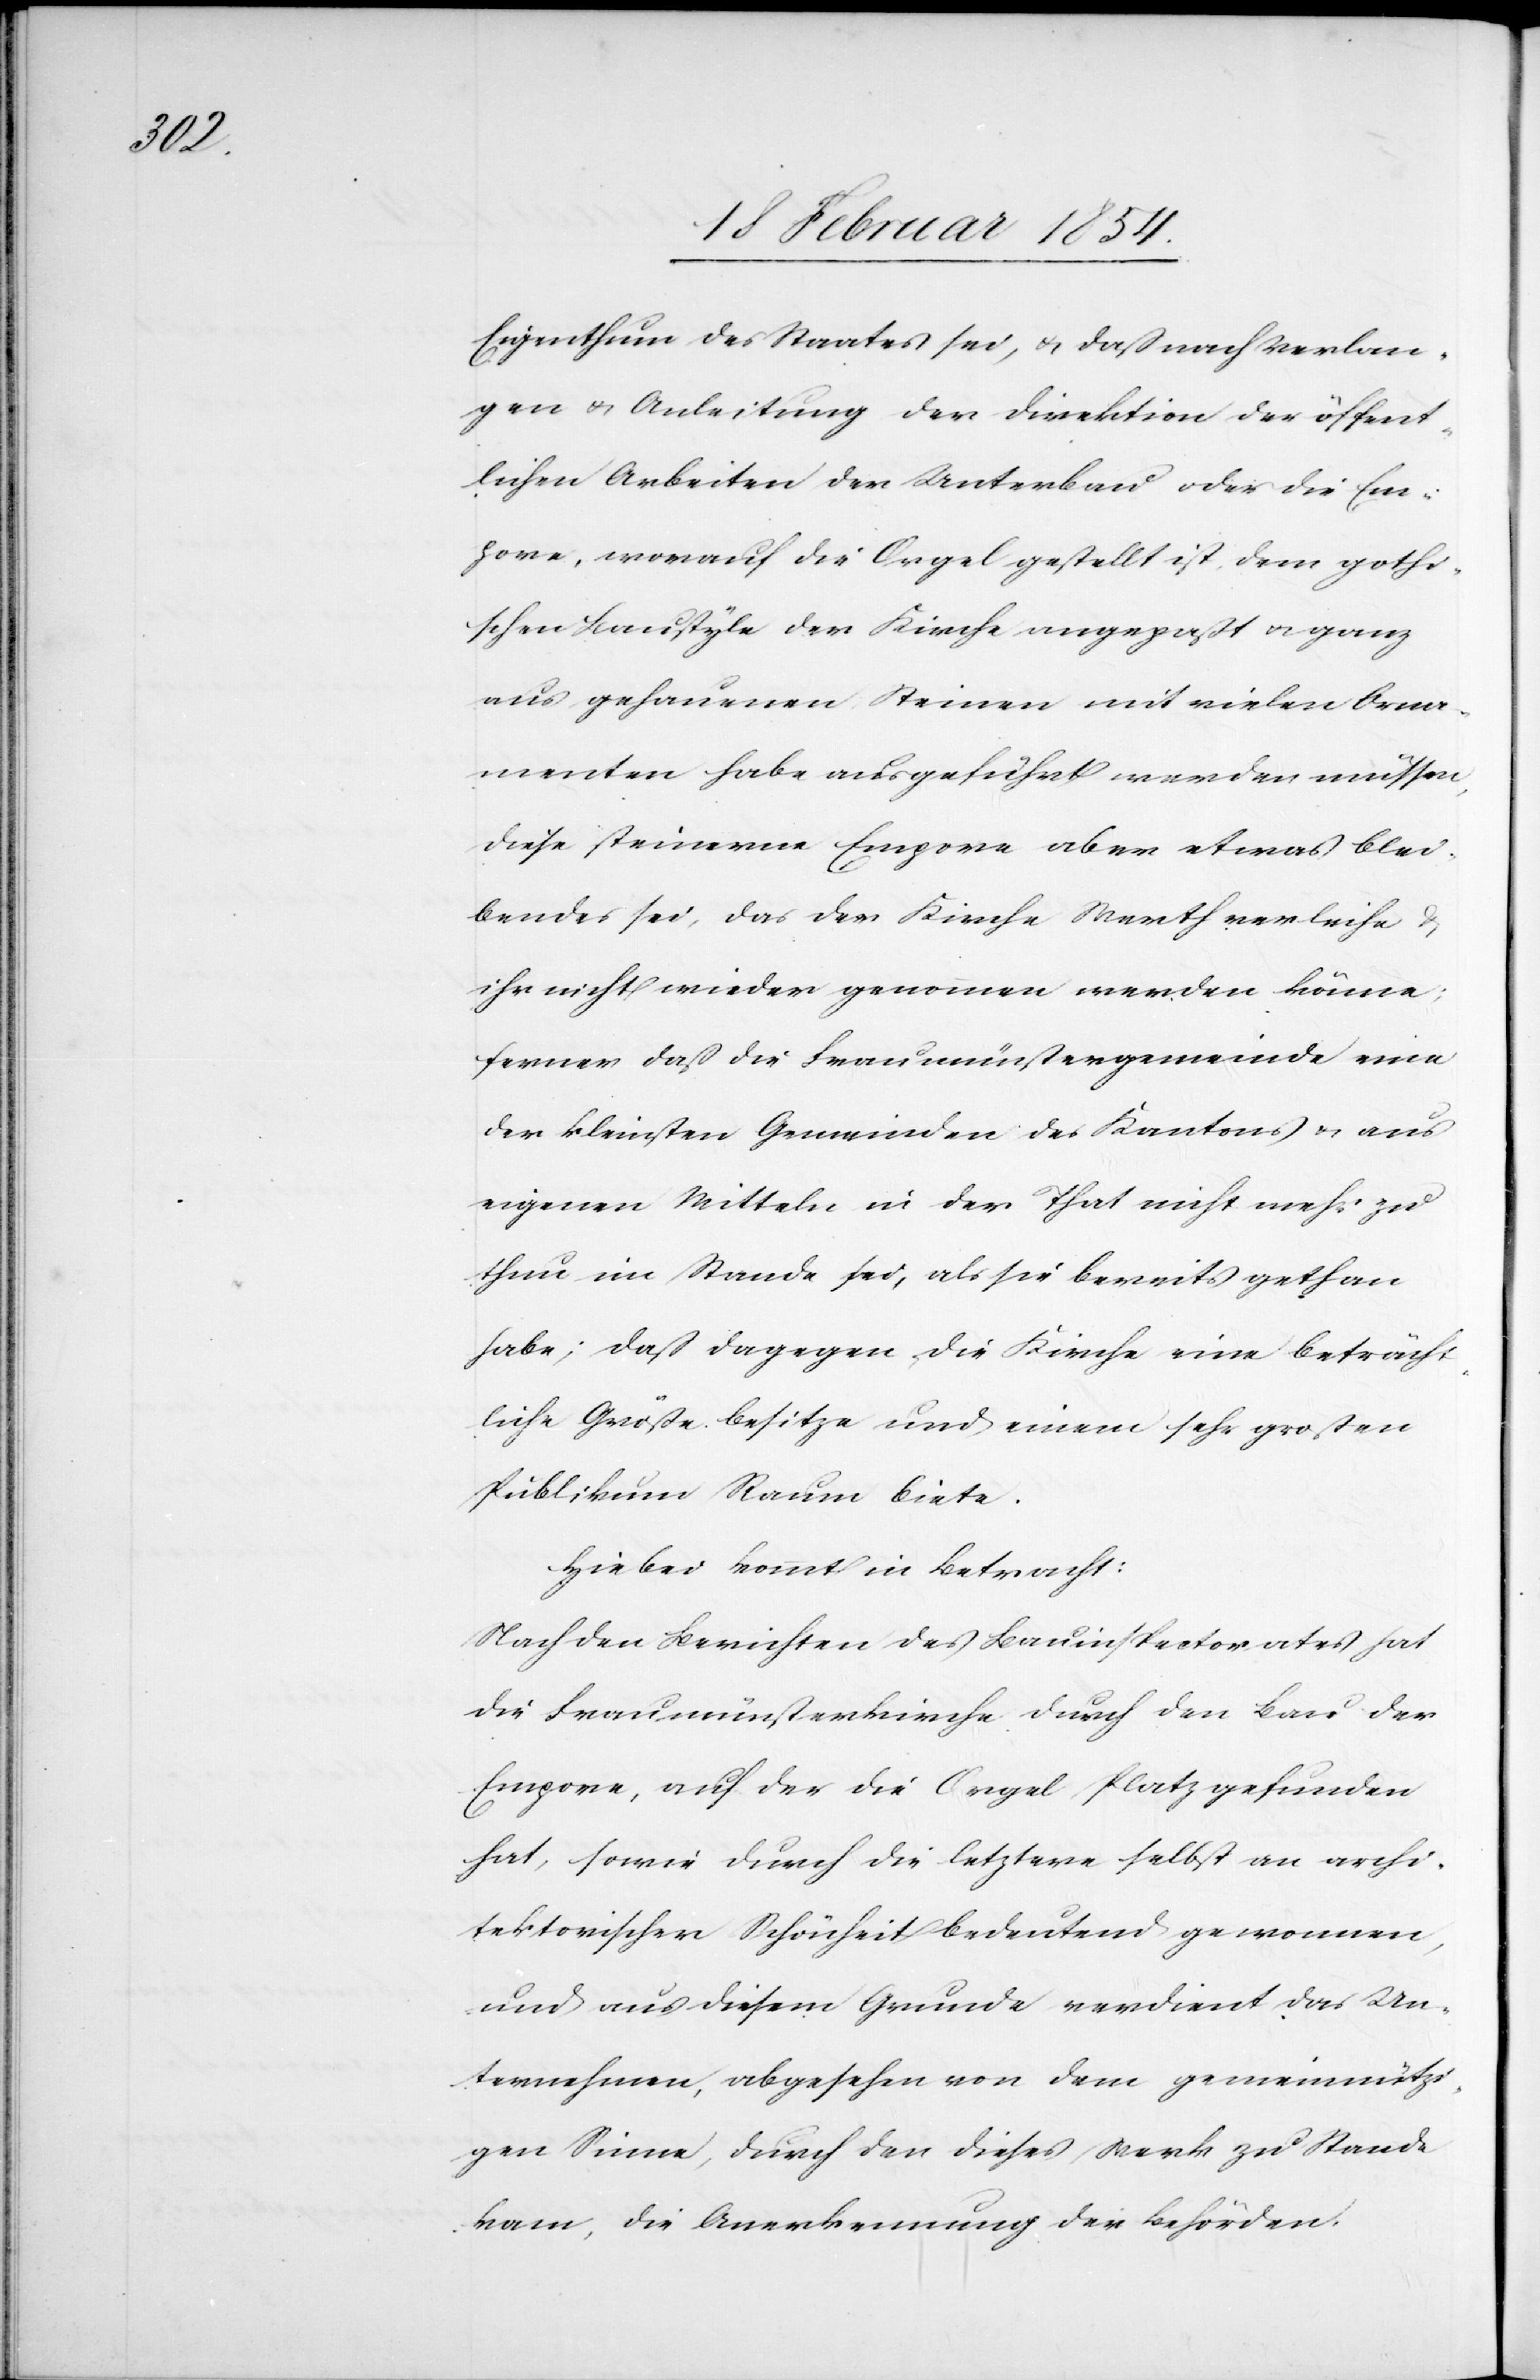
Eigenthum des Staates sei, u. daß nach Verlan¬
gen u. Anleitung der Direktion der öffent¬
lichen Arbeiten der Unterbau oder die Em¬
pore, worauf die Orgel gestellt ist, dem gothi¬
schen Baustyle der Kirche angepaßt u. ganz
aus gehauenen Steinen mit vielen Orna¬
menten habe ausgeführt werden müssen,
diese steinerne Empore aber etwas blei¬
bendes sei, das der Kirche Werth verleihe u.
ihr nicht wieder genommen werden könne;
ferner daß die Fraumünstergemeinde eine
der kleinsten Gemeinden des Kantons u. aus
eigenen Mitteln in der That nicht mehr zu
thun im Stande sei, als sie bereits gethan
habe; daß dagegen die Kirche eine beträcht¬
liche Größe besitze und einem sehr großen
Publikum Raum biete.
Hiebei kommt in Betracht:
Nach den Berichten des Bauinspectorates hat
die Fraumünsterkirche durch den Bau der
Empore, auf der die Orgel Platz gefunden
hat, sowie durch die letztere selbst an archi¬
tektorischer Schönheit bedeutend gewonnen,
und aus diesem Grunde verdient das Un¬
ternehmen, abgesehen von dem gemeinnützi¬
gen Sinne, durch den dieses Werk zu Stande
kam, die Anerkennung der Behörden.